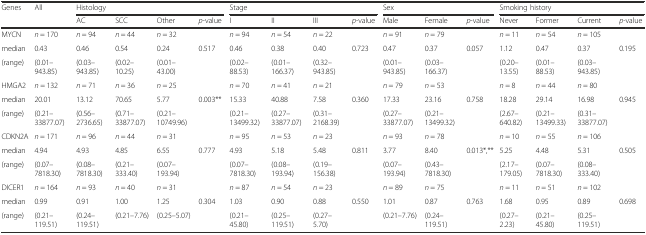
<table><thead><tr><td><b>Genes</b></td><td><b>All</b></td><td colspan="4"><b>Histology</b></td><td colspan="4"><b>Stage</b></td><td colspan="3"><b>Sex</b></td><td colspan="4"><b>Smoking history</b></td></tr><tr><td></td><td></td><td><b>AC</b></td><td><b>SCC</b></td><td><b>Other</b></td><td><b><i>p</i>-value</b></td><td><b>I</b></td><td><b>II</b></td><td><b>III</b></td><td><b><i>p</i>-value</b></td><td><b>Male</b></td><td><b>Female</b></td><td><b><i>p</i>-value</b></td><td><b>Never</b></td><td><b>Former</b></td><td><b>Current</b></td><td><b><i>p</i>-value</b></td></tr></thead><tbody><tr><td>MYCN</td><td><i>n</i> = 170</td><td><i>n</i> = 94</td><td><i>n</i> = 44</td><td><i>n</i> = 32</td><td></td><td><i>n</i> = 94</td><td><i>n</i> = 54</td><td><i>n</i> = 22</td><td></td><td><i>n</i> = 91</td><td><i>n</i> = 79</td><td></td><td><i>n</i> = 11</td><td><i>n</i> = 54</td><td><i>n</i> = 105</td><td></td></tr><tr><td>median</td><td>0.43</td><td>0.46</td><td>0.54</td><td>0.24</td><td>0.517</td><td>0.46</td><td>0.38</td><td>0.40</td><td>0.723</td><td>0.47</td><td>0.37</td><td>0.057</td><td>1.12</td><td>0.47</td><td>0.37</td><td>0.195</td></tr><tr><td>(range)</td><td>(0.01–943.85)</td><td>(0.03–943.85)</td><td>(0.02–10.25)</td><td>(0.01–43.00)</td><td></td><td>(0.02–88.53)</td><td>(0.01–166.37)</td><td>(0.32–943.85)</td><td></td><td>(0.01–943.85)</td><td>(0.03–166.37)</td><td></td><td>(0.20–13.55)</td><td>(0.01–88.53)</td><td>(0.03–943.85)</td><td></td></tr><tr><td>HMGA2</td><td><i>n</i> = 132</td><td><i>n</i> = 71</td><td><i>n</i> = 36</td><td><i>n</i> = 25</td><td></td><td><i>n</i> = 70</td><td><i>n</i> = 41</td><td><i>n</i> = 21</td><td></td><td><i>n</i> = 79</td><td><i>n</i> = 53</td><td></td><td><i>n</i> = 8</td><td><i>n</i> = 44</td><td><i>n</i> = 80</td><td></td></tr><tr><td>median</td><td>20.01</td><td>13.12</td><td>70.65</td><td>5.77</td><td>0.003**</td><td>15.33</td><td>40.88</td><td>7.58</td><td>0.360</td><td>17.33</td><td>23.16</td><td>0.758</td><td>18.28</td><td>29.14</td><td>16.98</td><td>0.945</td></tr><tr><td>(range)</td><td>(0.21–33877.07)</td><td>(0.56–2736.65)</td><td>(0.71–33877.07)</td><td>(0.21–10749.96)</td><td></td><td>(0.21–13499.32)</td><td>(0.27–33877.07)</td><td>(0.31–2168.39)</td><td></td><td>(0.27–33877.07)</td><td>(0.21–13499.32)</td><td></td><td>(2.67–640.82)</td><td>(0.21–13499.33)</td><td>(0.31–33877.07)</td><td></td></tr><tr><td>CDKN2A</td><td><i>n</i> = 171</td><td><i>n</i> = 96</td><td><i>n</i> = 44</td><td><i>n</i> = 31</td><td></td><td><i>n</i> = 95</td><td><i>n</i> = 53</td><td><i>n</i> = 23</td><td></td><td><i>n</i> = 93</td><td><i>n</i> = 78</td><td></td><td><i>n</i> = 10</td><td><i>n</i> = 55</td><td><i>n</i> = 106</td><td></td></tr><tr><td>median</td><td>4.94</td><td>4.93</td><td>4.85</td><td>6.55</td><td>0.777</td><td>4.93</td><td>5.18</td><td>5.48</td><td>0.811</td><td>3.77</td><td>8.40</td><td>0.013*,**</td><td>5.25</td><td>4.48</td><td>5.31</td><td>0.505</td></tr><tr><td>(range)</td><td>(0.07–7818.30)</td><td>(0.08–7818.30)</td><td>(0.21–333.40)</td><td>(0.07–193.94)</td><td></td><td>(0.07–7818.30)</td><td>(0.08–193.94)</td><td>(0.19–156.38)</td><td></td><td>(0.07–193.94)</td><td>(0.43–7818.30)</td><td></td><td>(2.17–179.05)</td><td>(0.07–7818.30)</td><td>(0.08–333.40)</td><td></td></tr><tr><td>DICER1</td><td><i>n</i> = 164</td><td><i>n</i> = 93</td><td><i>n</i> = 40</td><td><i>n</i> = 31</td><td></td><td><i>n</i> = 87</td><td><i>n</i> = 54</td><td><i>n</i> = 23</td><td></td><td><i>n</i> = 89</td><td><i>n</i> = 75</td><td></td><td><i>n</i> = 11</td><td><i>n</i> = 51</td><td><i>n</i> = 102</td><td></td></tr><tr><td>median</td><td>0.99</td><td>0.91</td><td>1.00</td><td>1.25</td><td>0.304</td><td>1.03</td><td>0.90</td><td>0.88</td><td>0.550</td><td>1.01</td><td>0.87</td><td>0.763</td><td>1.68</td><td>0.95</td><td>0.89</td><td>0.698</td></tr><tr><td>(range)</td><td>(0.21–119.51)</td><td>(0.24–119.51)</td><td>(0.21–7.76)</td><td>(0.25–5.07)</td><td></td><td>(0.21–45.80)</td><td>(0.25–119.51)</td><td>(0.27–5.70)</td><td></td><td>(0.21–7.76)</td><td>(0.24–119.51)</td><td></td><td>(0.27–2.23)</td><td>(0.21–45.80)</td><td>(0.25–119.51)</td><td></td></tr></tbody></table>